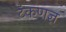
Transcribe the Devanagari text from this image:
टंकणज्ञ